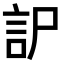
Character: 𧥤